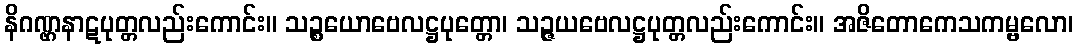
နိဂဏ္ဌနာဋပုတ္တလည်းကောင်း။ သဉ္စယောဗေလဋ္ဌပုတ္တော၊ သဉ္ဇယဗေလဋ္ဌပုတ္တလည်းကောင်း။ အဇိတောကေသကမ္ဗလော၊